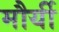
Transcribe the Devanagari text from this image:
मौर्यी